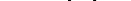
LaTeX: \smash{\Omega=\bigcup_{T\in\mathcal{T}_{h}}T}